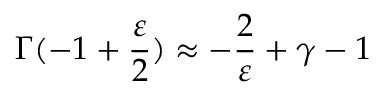
\Gamma ( - 1 + \frac { \varepsilon } { 2 } ) \approx - \frac { 2 } { \varepsilon } + \gamma - 1